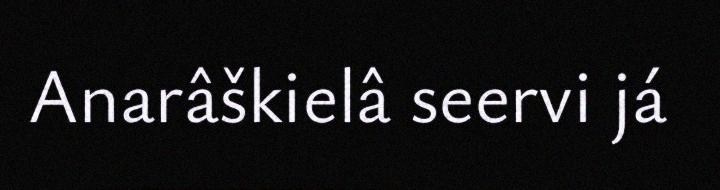
Anarâškielâ seervi já